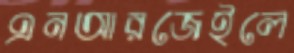
এনআরজেইলে